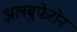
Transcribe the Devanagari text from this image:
अलबुफेरोन